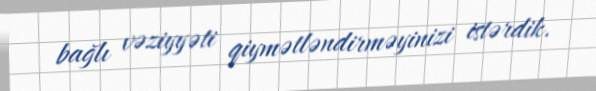
bağlı vəziyyəti qiymətləndirməyinizi istərdik.